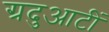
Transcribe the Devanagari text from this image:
ग्रदुआटीं